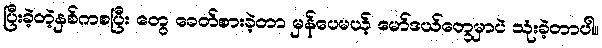
ပြီးခဲ့တဲ့နှစ်ကစပြီး တွေ ခေတ်စားခဲ့တာ မှန်ပေမယ့် မော်ဒယ်တွေမှာပဲ သုံးခဲ့တာပါ။